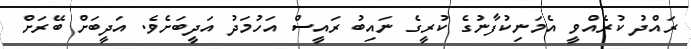
ރައްދު ކުރެއްވީ އެމަނިކުފާނުގެ ކުރީގެ ނައިބު ރައީސް އަހުމަދު އަދީބަށެވެ. އަދީބަށް ބޭރަށް